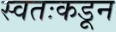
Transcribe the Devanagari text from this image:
स्वतःकडून